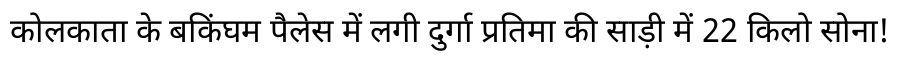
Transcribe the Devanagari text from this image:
कोलकाता के बकिंघम पैलेस में लगी दुर्गा प्रतिमा की साड़ी में 22 किलो सोना!